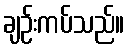
ချဉ်းကပ်သည်။